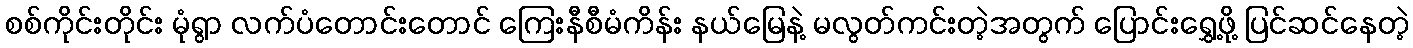
စစ်ကိုင်းတိုင်း မုံရွာ လက်ပံတောင်းတောင် ကြေးနီစီမံကိန်း နယ်မြေနဲ့ မလွတ်ကင်းတဲ့အတွက် ပြောင်းရွှေ့ဖို့ ပြင်ဆင်နေတဲ့